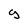
Character: g